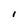
Character: l